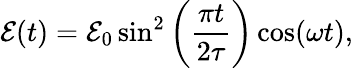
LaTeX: \mathcal{E}(t)=\mathcal{E}_{0}\sin^{2}\left(\frac{\pi t}{2\tau}\right)\cos(\omega t),